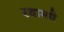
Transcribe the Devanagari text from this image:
रथामधे